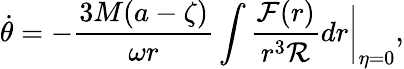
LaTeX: \dot{\theta}=-\frac{3M(a-\zeta)}{\omega r}\int\frac{{\cal F}(r)}{r^{3}{\cal R}}dr\bigg|_{\eta=0},